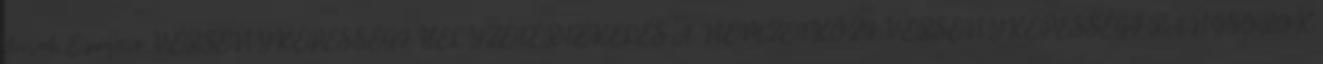
darab. E pozitív VERSENYKÉPESSÉGI HELYZETÉRTÉKELÉS A NEMZETKÖZI VERSENYKÉPESSÉGI RANGSOROK